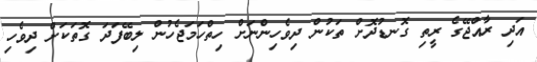
އަދި ރާއްޖޭގެ ރީތި ގޮނޑުދޮށް ތަކުން ދިވެހިންނަށް ހިތްހަމަޖެހުން ލިބޭފަދަ ގޮތަކަށް ދިވެހި